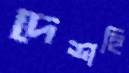
দেশহি